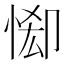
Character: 𢛠